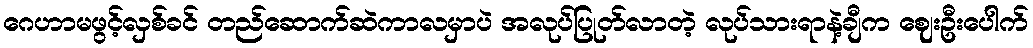
ဂေဟာမဖွင့်လှစ်ခင် တည်ဆောက်ဆဲကာလမှာပဲ အလုပ်ပြုတ်လာတဲ့ လုပ်သားရာနဲ့ချီက ဈေးဦးပေါက်